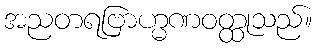
အညတရဗြာဟ္မဏဝတ္ထုသည်။